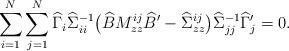
LaTeX: \begin{align*}\sum_{i=1}^N\sum_{j=1}^N\widehat\Gamma _i\widehat\Sigma_{ii}^{-1} \bigl(\widehat BM_{z z}^{i j}\widehat B{}'-\widehat\Sigma _{zz}^{i j} \bigr)\widehat\Sigma_{j j}^{-1}\widehat\Gamma_j'=0.\end{align*}